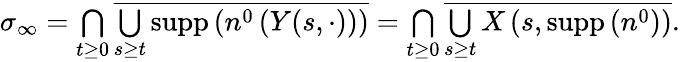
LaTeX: \begin{array}{r}{\sigma_{\infty}=\underset{t\geq 0}{\bigcap}\overline{{\underset{s\geq t}{\bigcup}\mathrm{supp}\left(n^{0}\left(Y(s,\cdot)\right)\right)}}=\underset{t\geq 0}{\bigcap}\overline{{\underset{s\geq t}{\bigcup}X\left(s,\textrm{supp}\left(n^{0}\right)\right)}}.}\end{array}